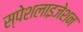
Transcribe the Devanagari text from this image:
स्पेशलाइजेशन